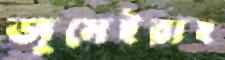
জুমেইরাহ